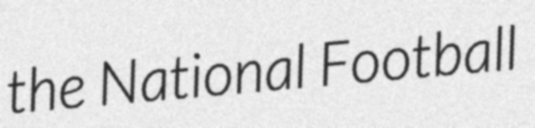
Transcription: the National Football